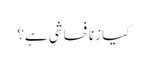
کیا زنا فحاشی ہے؟